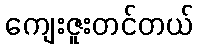
ကျေးဇူးတင်တယ်